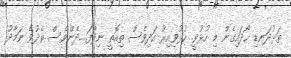
ތަޅުދަނޑި ހޯދައިގެން މި ހުޅުވީ. ހުޅުވިއިރު އަދިވެސް ތިއޮތީ ނިދާފަ.....ދެންވެސް ތެދުވެ ނަމާދު